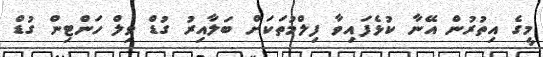
މީގެ އިތުރުން އޭނާ ކުޅެފައިވާ ފިލްމުތަަކަށް ބަލާއިރު ގުޑް ވިލް ހަންޓިން ގުޑް